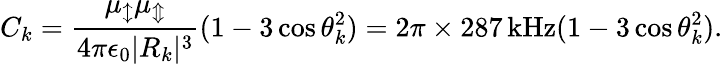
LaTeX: C_{k}=\frac{\mu_{\updownarrow}\mu_{\Updownarrow}}{4\pi\epsilon_{0}|R_{k}|^{3}}(1-3\cos\theta_{k}^{2})=2\pi\times 287\, \mathrm{kHz}(1-3\cos\theta_{k}^{2}).